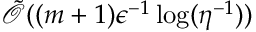
\tilde { \mathcal { O } } ( ( m + 1 ) \epsilon ^ { - 1 } \log ( \eta ^ { - 1 } ) )